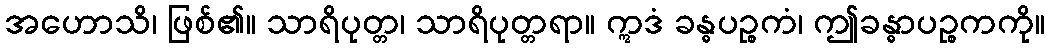
အဟောသိ၊ ဖြစ်၏။ သာရိပုတ္တ၊ သာရိပုတ္တရာ။ ဣဒံ ခန္ဓပဉ္စကံ၊ ဤခန္ဓာပဉ္စကကို။